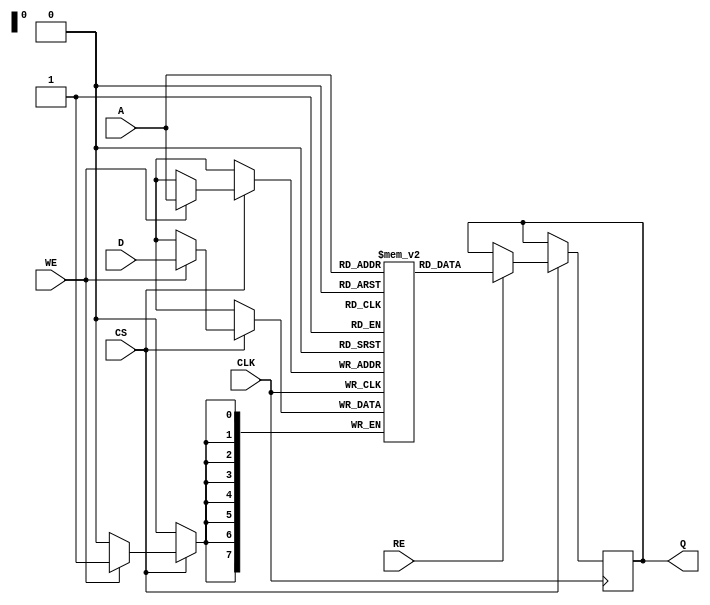
module eSRAM #(
    parameter WORD_SIZE = 8,  // Configurable word size (8, 16, 32, etc.)
    parameter DEPTH = 256      // Number of memory locations (rows)
)(
    input wire                  CLK,     // Clock input
    input wire                  WE,      // Write Enable
    input wire                  RE,      // Read Enable
    input wire                  CS,      // Chip Select
    input wire [WORD_SIZE-1:0] D,       // Data input
    input wire [$clog2(DEPTH)-1:0] A,   // Address input
    output reg [WORD_SIZE-1:0] Q        // Data output
);

    // Memory array
    reg [WORD_SIZE-1:0] memory [0:DEPTH-1];

    // Read and Write operations
    always @(posedge CLK) begin
        if (CS) begin
            if (WE) begin
                // Write data to the specified address
                memory[A] <= D;
            end
            if (RE) begin
                // Read data from the specified address
                Q <= memory[A];
            end
        end
    end

endmodule